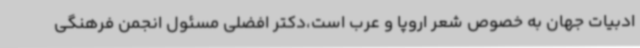
ادبیات جهان به خصوص شعر اروپا و عرب است،دکتر افضلی مسئول انجمن فرهنگی